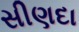
સીણદા